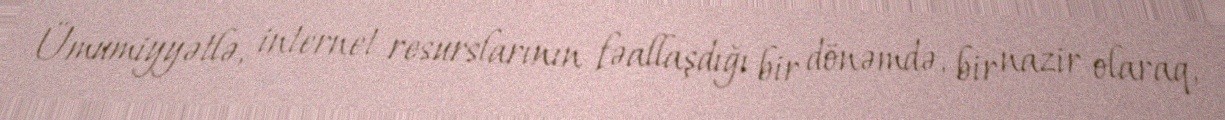
Ümumiyyətlə, internet resurslarının fəallaşdığı bir dönəmdə, bir nazir olaraq,